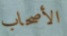
الأصحاب